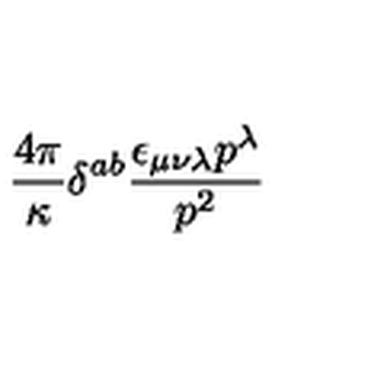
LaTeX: \frac { 4 \pi } { \kappa } \delta ^ { a b } \frac { \epsilon _ { \mu \nu \lambda } p ^ { \lambda } } { p ^ { 2 } }